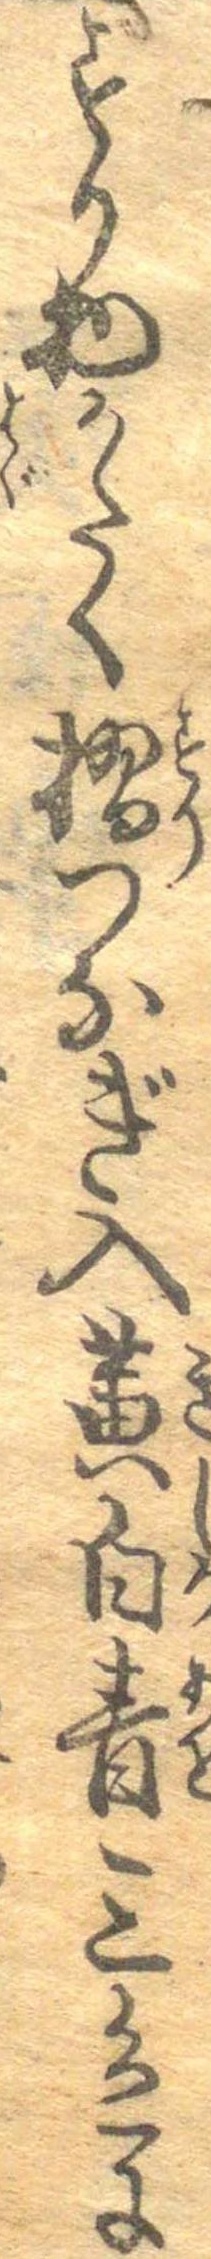
すり物かたく摺つなぎ入黄白青三色に